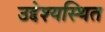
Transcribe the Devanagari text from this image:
उद्देश्यस्थित